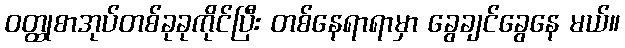
ဝတ္ထုစာအုပ်တစ်ခုခုကိုင်ပြီး တစ်နေရာရာမှာ ခွေချင်ခွေနေ မယ်။